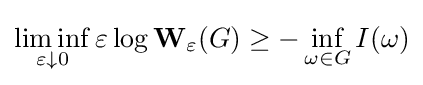
\liminf _{\varepsilon \downarrow 0}\varepsilon \log \mathbf {W} _{\varepsilon }(G)\geq -\inf _{\omega \in G}I(\omega )